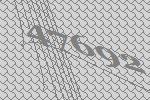
47692